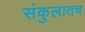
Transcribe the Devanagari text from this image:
संकुलातच